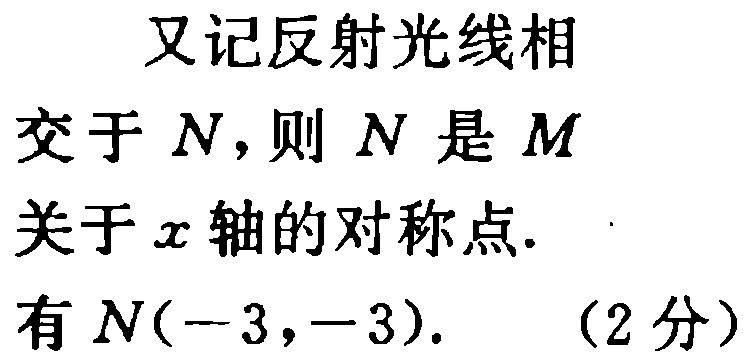
又记反射光线相交于 \(N\)，则 \(N\) 是 \(M\) 关于 \(x\) 轴的对称点. 有 \(N(-3,-3)\). （2分）